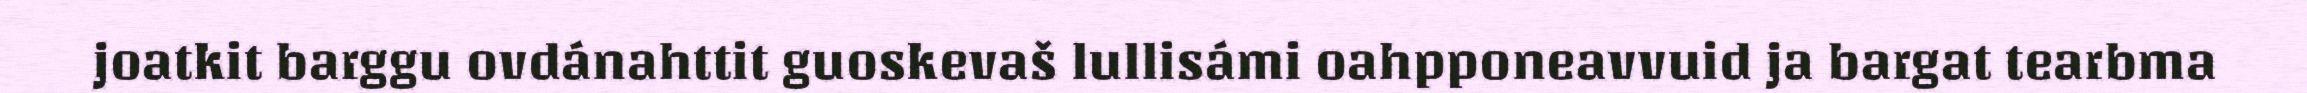
joatkit barggu ovdánahttit guoskevaš lullisámi oahpponeavvuid ja bargat tearbma